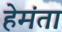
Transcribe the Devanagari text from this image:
हेमंता